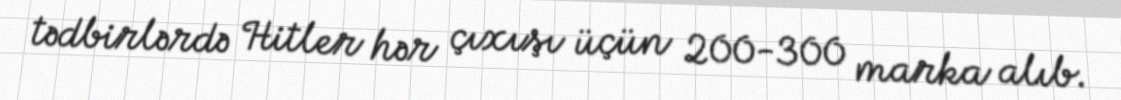
tədbirlərdə Hitler hər çıxışı üçün 200-300 marka alıb.